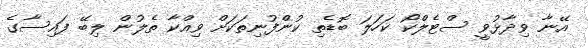
އޭނާ ވިދާޅުވީ ސްޓެލްކޯ ކަހަލަ ބޮޑެތި ކުންފުނިތަކަށް ވިއްކާ ތެލުން ލިބޭ ފައިސާގެ